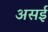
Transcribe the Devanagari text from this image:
असई